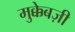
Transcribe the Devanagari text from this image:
मुक्केबज़ी